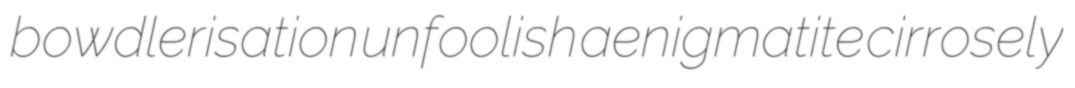
bowdlerisation unfoolish aenigmatite cirrosely